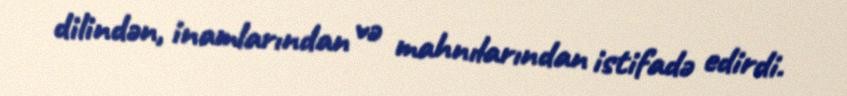
dilindən, inamlarından və mahnılarından istifadə edirdi.